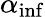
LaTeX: \alpha_{\mathrm{inf}}